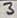
Text: 3